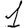
Digit: 1